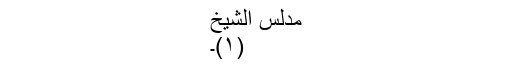
مدلس الشیخ
(۱)۔